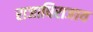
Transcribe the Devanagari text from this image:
राजाधिराजाय